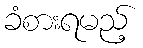
ခံစားရမည့်